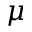
\mu